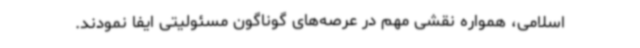
اسلامی، همواره نقشی مهم در عرصه‌های گوناگون مسئولیتی ایفا نمودند.